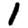
Digit: 1